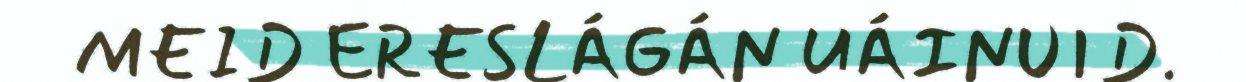
MEID ERESLÁGÁN UÁINUID.